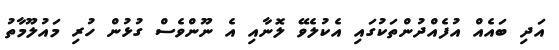
އަދި ބައެއް އުފެއްދުންތަކުގައި އެކުލެވޭ ލޮނާއި އެ ނޫންވެސް ގުޅުން ހުރި މައުލޫމާތު